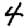
Digit: 4